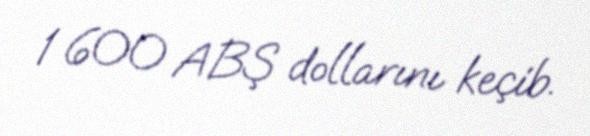
1 600 ABŞ dollarını keçib.